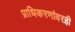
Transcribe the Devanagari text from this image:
प्राधिकरणांवरही